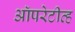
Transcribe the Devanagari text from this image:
ऑपरेटीव्ह